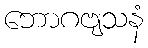
ဘောဂဗျသနံ